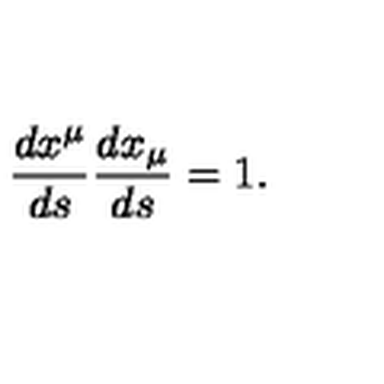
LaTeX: \frac { d x ^ { \mu } } { d s } \frac { d x _ { \mu } } { d s } = 1 { . }